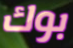
بوك